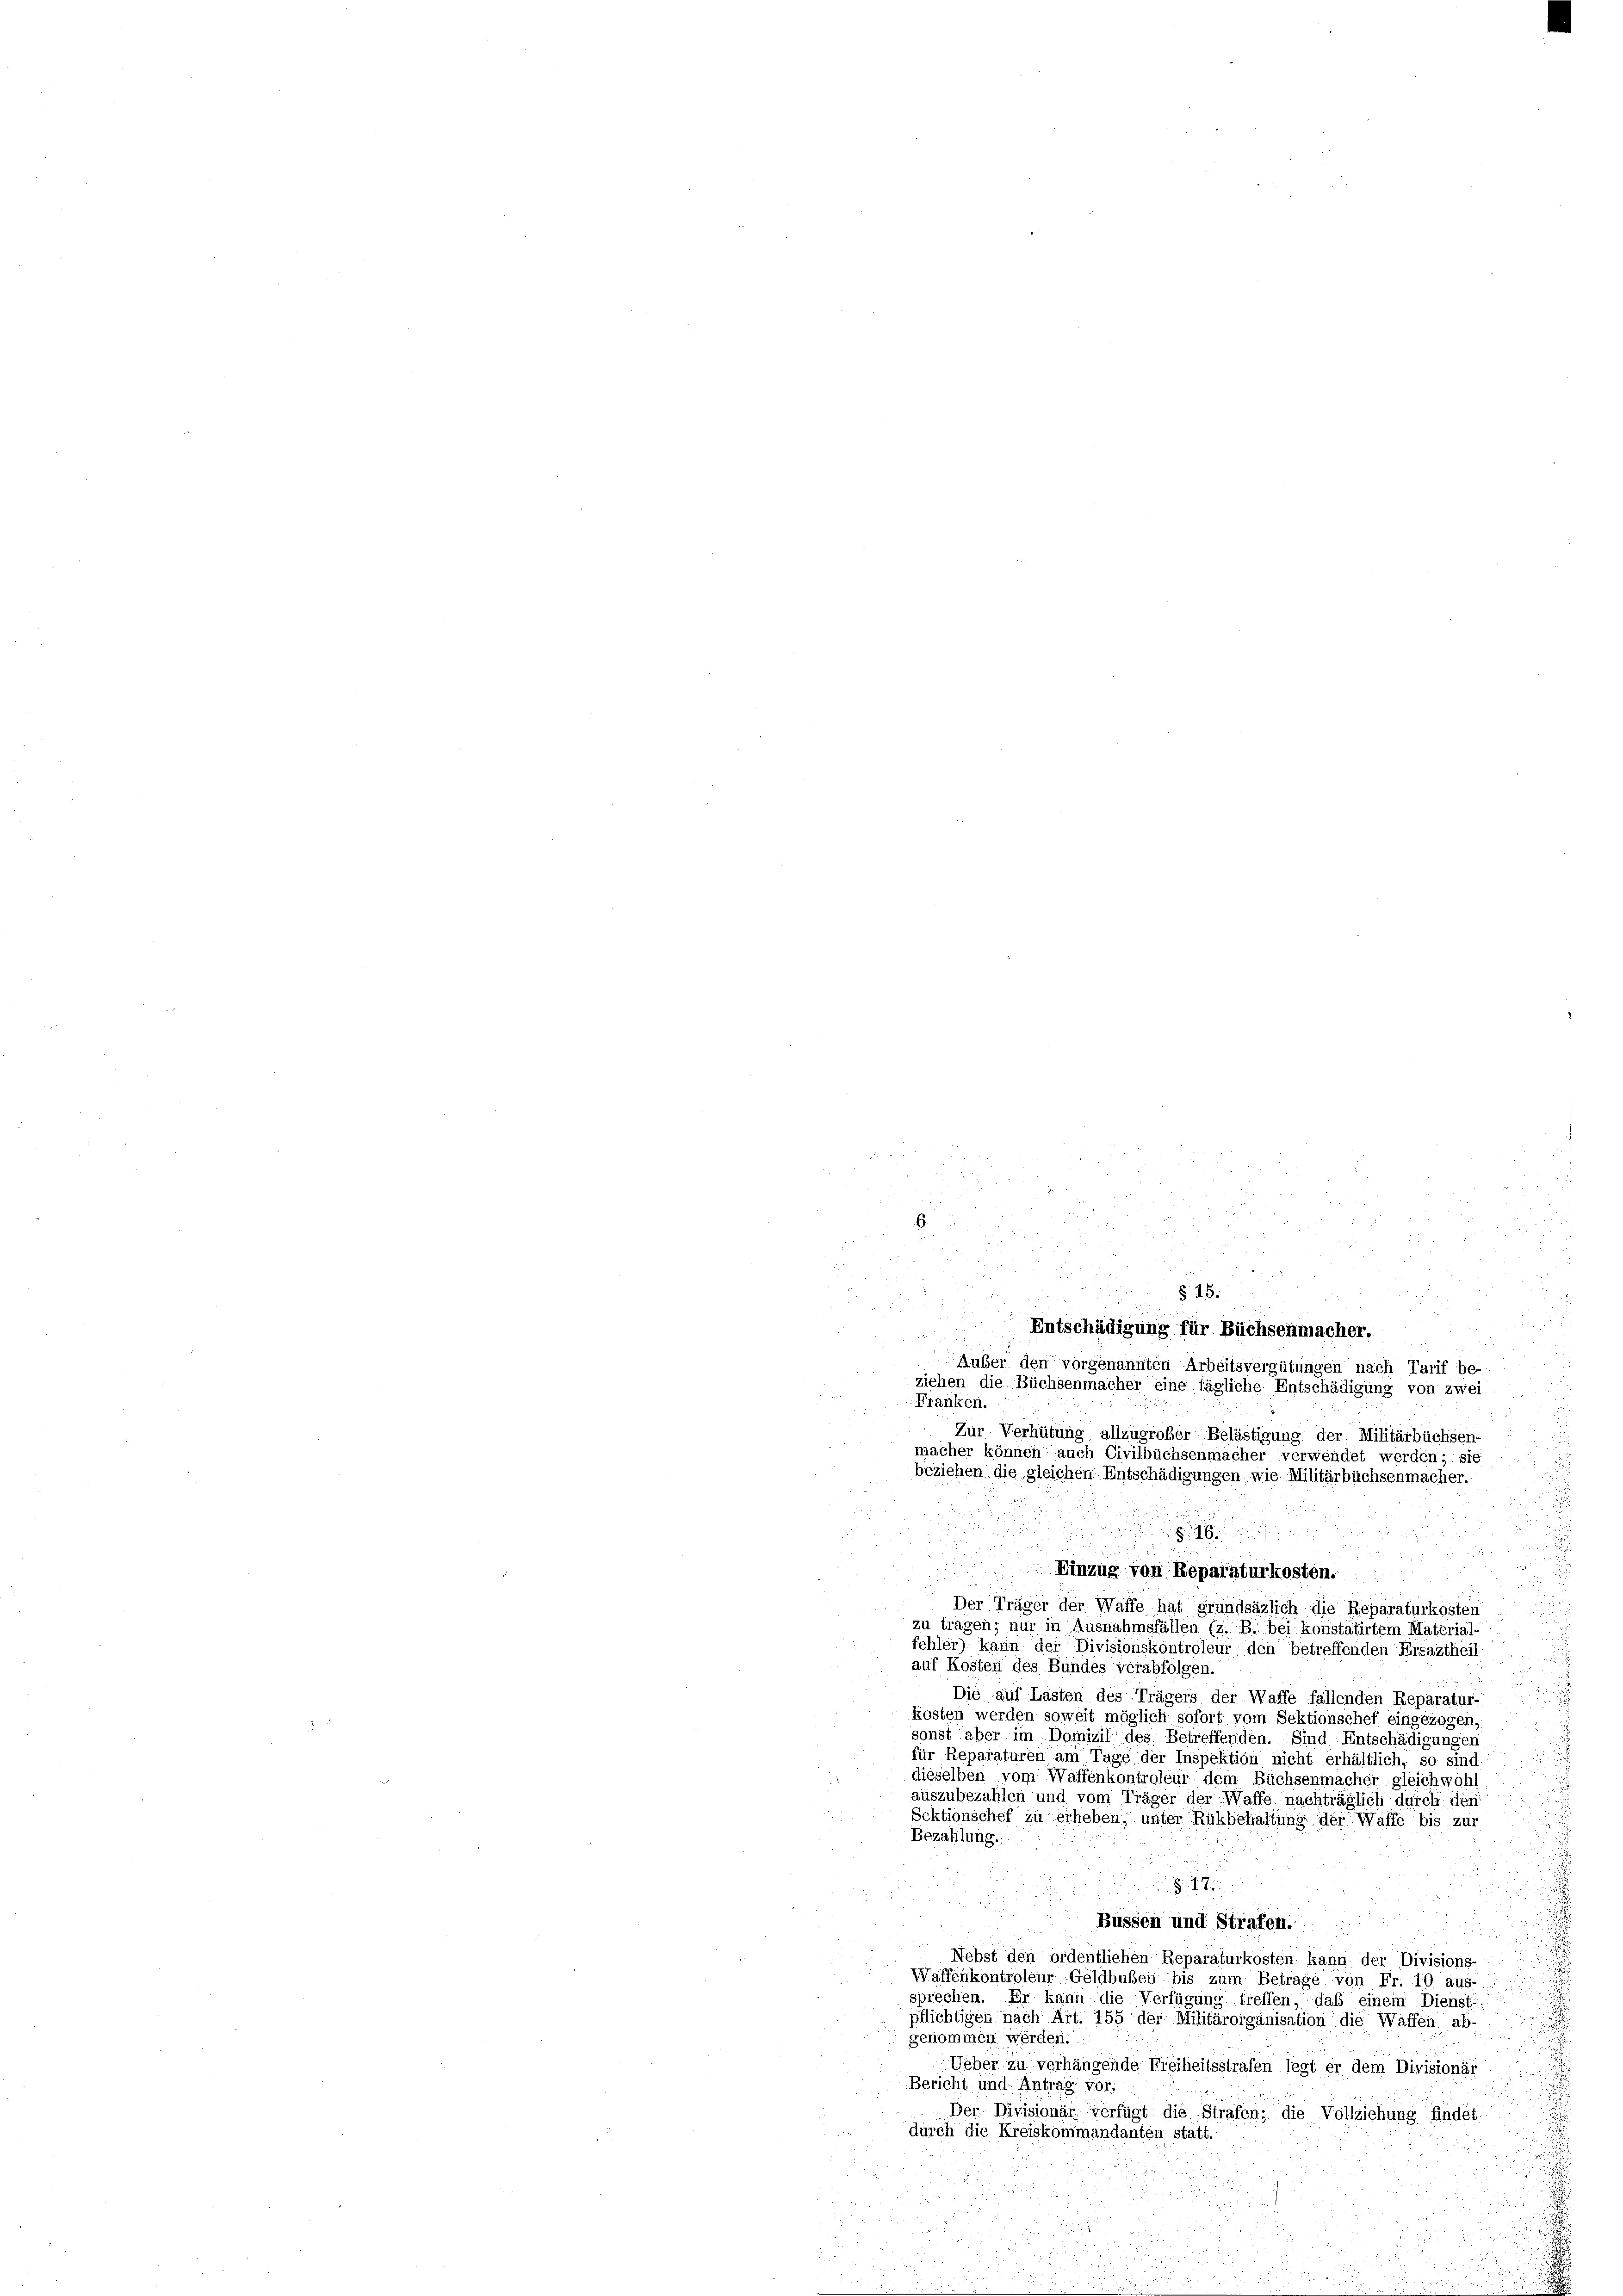
6.

u
§ 15.

Entschädigung für Büchsenmacher.
2
Auber den vorgenannten Arbeitsvergütungen nach Tarif be-
ziehen die Büchsenmacher eine tägliche Entschädigung von zwei
Franken.
Zur Verhütung allzugroßer Belästigung der Militärbüchsen-
macher können auch Civilbüchsenmacher verwendet werden; sie
beziehen die gleichen Entschädigungen wie Militärbüchsenmacher.
u

a
Einzug von Reparaturkosten.
u
Der Träger der Waffe hat grundsäzlich die Reparaturkosten
zu tragen; nur in Ausnahmsfällen (z. B. bei konstatirtem Material-
fehler) kann der Divisionskontroleur den betreffenden Ersaztheil
auf Kosten des Bundes verabfolgen.
Die auf Lasten des Trägers der Waffe fallenden Reparatur-
kosten werden soweit möglich sofort vom Sektionschef eingezogen,
sonst aber im Domizil des Betreffenden. Sind Entschädigungen
für Reparaturen am Tage der Inspektion nicht erhältlich, so sind.
dieselben vom Waffenkontroleur dem Büchsenmacher gleichwohl
auszubezahlen und vom Träger der Waffe nachträglich durch den
Sektionschef zu erheben, unter Rükbehaltung der Waffe bis zur
Bezahlung.
§. 17.
Büssen und Strafen.
Nebst den ordentlichen Reparaturkosten kann der Divisions-
Waffenkontroleur-Geldbußen bis zum Betrage von Fr. 10 aus-
sprechen. Er kann die Verfügung treffen, daß einem Dienst-
pflichtigen nach Art. 155 der Militärorganisation die Waffen ab-
gekommen werden.
Ueber zu verhängende Freiheitsstrafen legt er dem Divisionär
Bericht und Antrag vor.
Der Divisionär verfügt die Strafen; die Vollziehung findet.
durch die Kreiskommandanten statt.